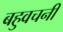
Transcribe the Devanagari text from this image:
बहुवचनी